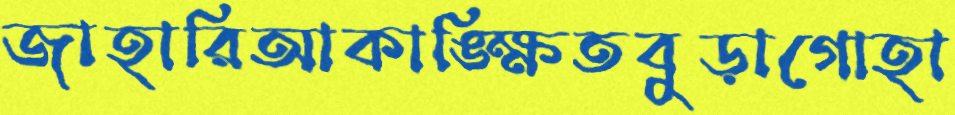
জাহারিআকাঙ্ক্ষিতবুড়াগোহা